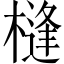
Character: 槰